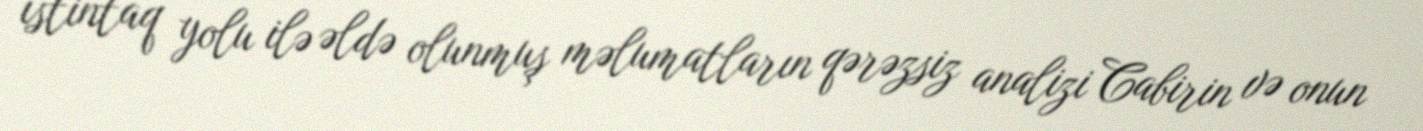
istintaq yolu ilə əldə olunmuş məlumatların qərəzsiz analizi Cabirin və onun